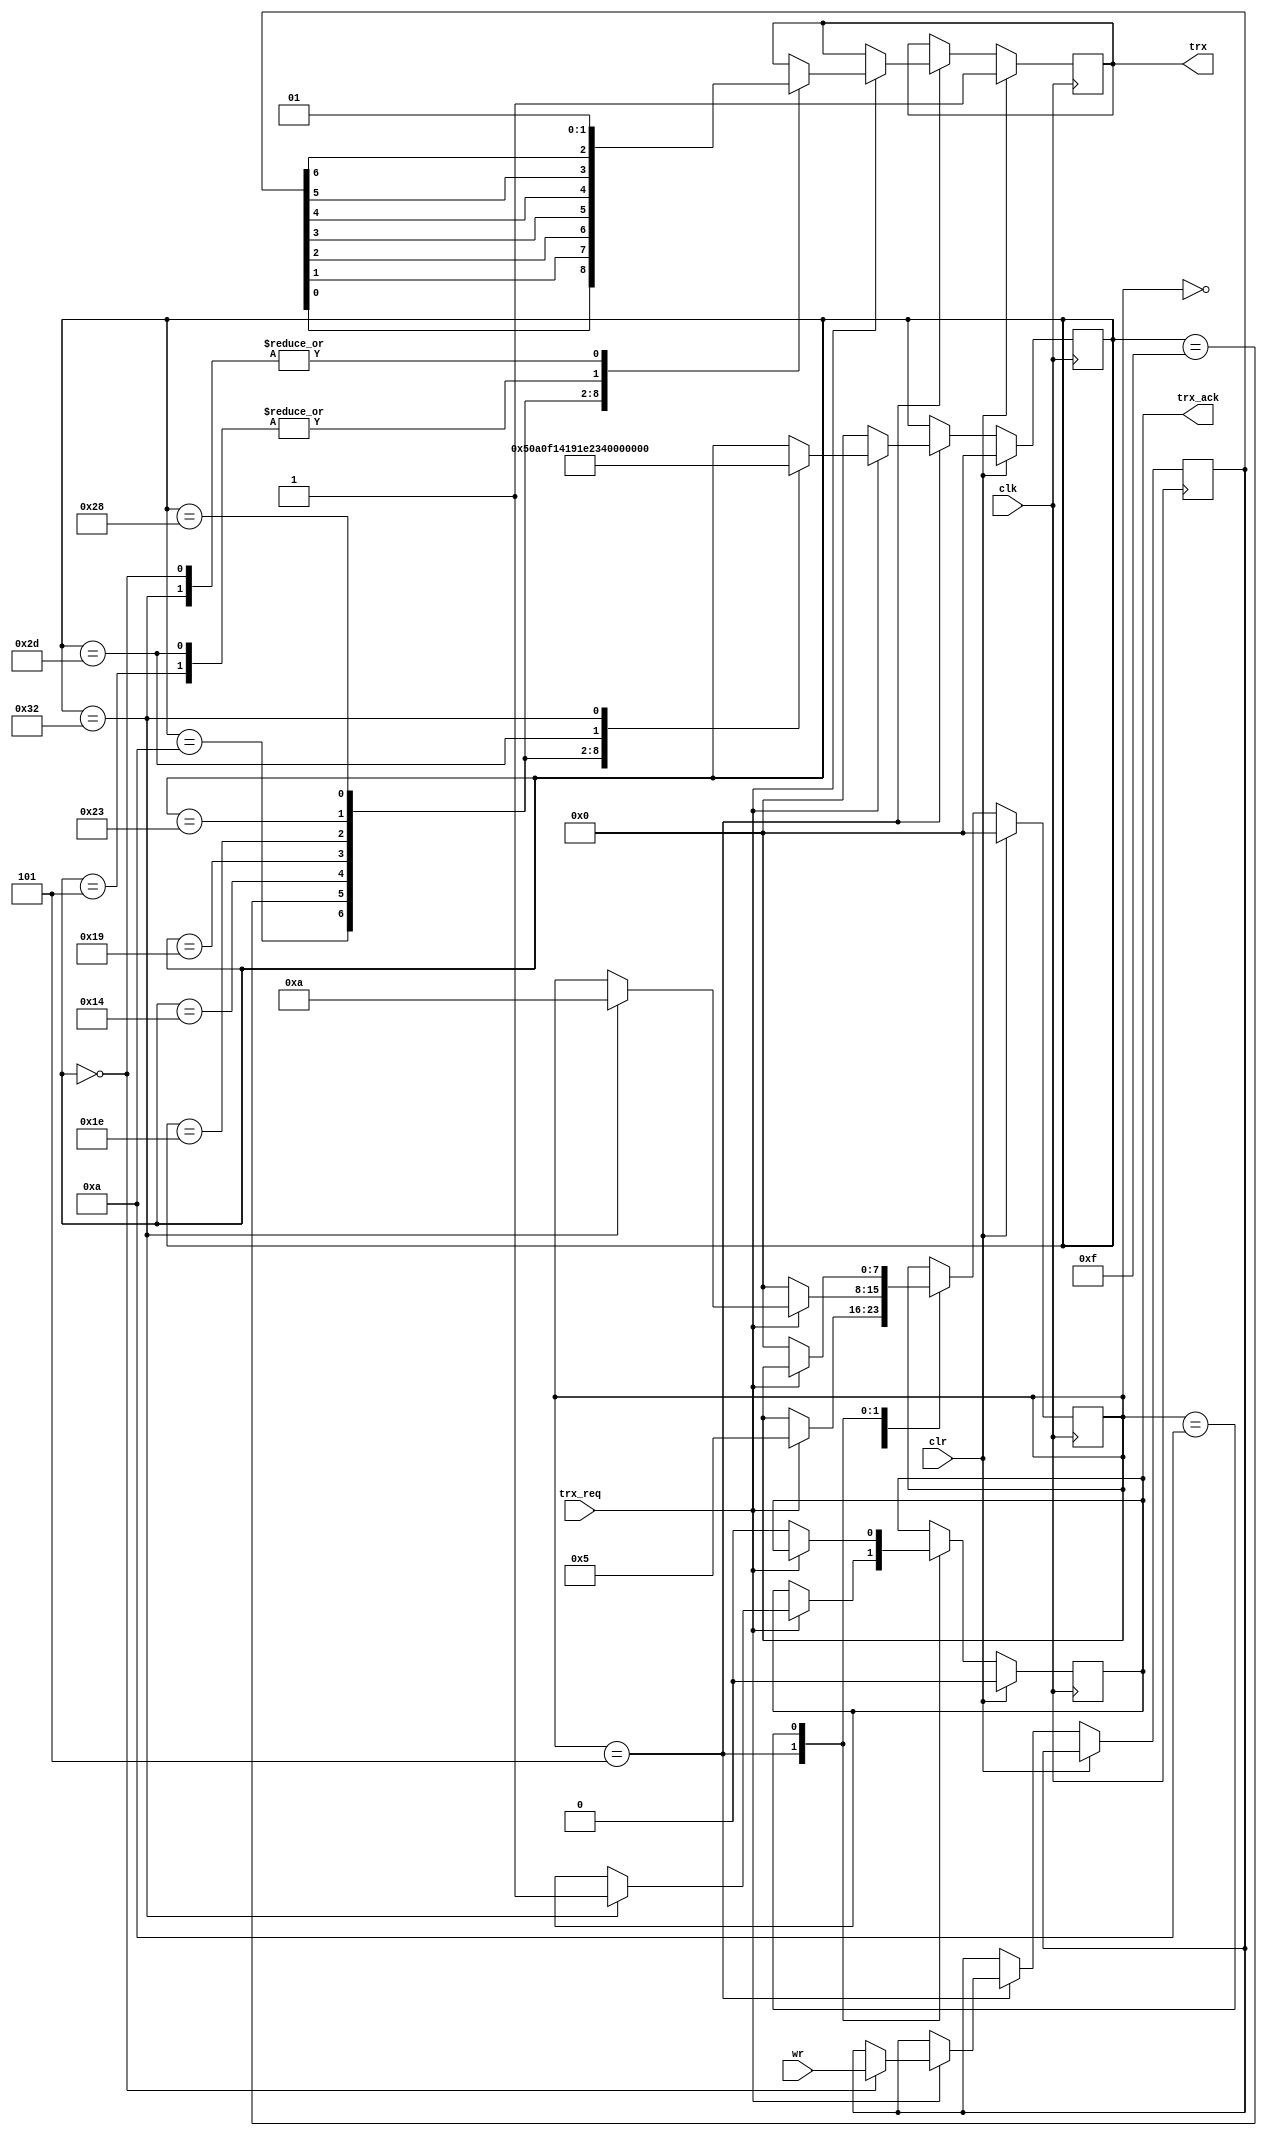
module uart_ctrl_4(wr, trx_req, trx_ack, trx,
                 clr, clk);
  input [6:0] wr;
  input trx_req;
  input clr, clk;
  output reg trx_ack, trx;
  reg [7:0] et, etrx;
  reg [6:0] data_wr;
  always @(negedge clk)
    if (clr)
      begin
        et <= 8'd00;
        etrx <= 8'd00;
        trx <= 1'b1;
        trx_ack <= 1'b0;
      end
    else
      case (et)
        8'd00: if (trx_req) et <= 8'd05;
        8'd05: 
          if (~trx_req)
            begin et <= 8'd00; etrx <= 8'd00; end
          else
          case (etrx)
            8'd00: begin data_wr <= wr; trx <= 1'b1; etrx <= 8'd05; end
            8'd05: begin trx <= 1'b0; etrx <= 8'd10; end 
            8'd10: begin trx <= data_wr[0]; etrx <= 8'd15; end
            8'd15: begin trx <= data_wr[1]; etrx <= 8'd20; end
            8'd20: begin trx <= data_wr[2]; etrx <= 8'd25; end
            8'd25: begin trx <= data_wr[3]; etrx <= 8'd30; end
            8'd30: begin trx <= data_wr[4]; etrx <= 8'd35; end
            8'd35: begin trx <= data_wr[5]; etrx <= 8'd40; end
            8'd40: begin trx <= data_wr[6]; etrx <= 8'd45; end
            8'd45: begin trx <= 1'b0; etrx <= 8'd50; end
            8'd50: begin trx_ack <= 1'b1; trx <= 1'b1; etrx <= 8'd00; et <= 8'd10; end
          endcase
        8'd10: if (~trx_req) begin trx_ack <= 1'b0; et <= 8'd00; end
      endcase
endmodule